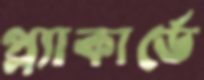
প্ল্যাকার্ডে